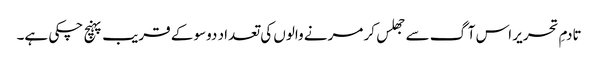
تادمِ تحریر اس آگ سے جھلس کر مرنے والوں کی تعداد دوسو کے قریب پہنچ چکی ہے۔